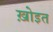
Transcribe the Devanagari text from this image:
ख़ोइत